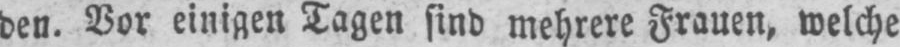
den. Vor einigen Tagen sind mehrere Frauen, welche